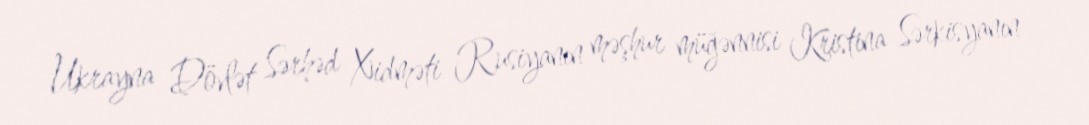
Ukrayna Dövlət Sərhəd Xidməti Rusiyanın məşhur müğənnisi Kristina Sərkisyanın